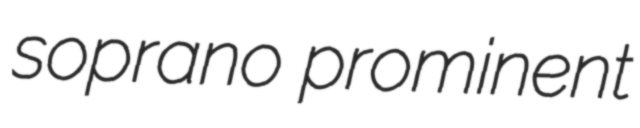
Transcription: soprano prominent